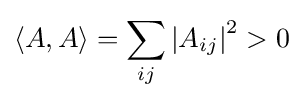
\langle A,A\rangle =\sum _{ij}\left|A_{ij}\right|^{2}>0